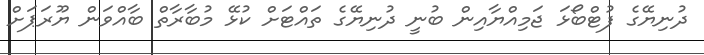
ދުނިޔޭގެ ފުޓްބޯޅަ ޖަމިއްޔާއިން ބުނީ ދުނިޔޭގެ ތައްޓަށް ކުޅޭ މުބާރާތް ބާއްވަން ޔޫރަޕަށް